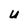
Character: u